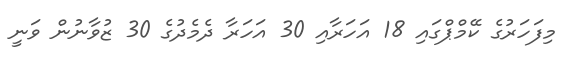
މިފަހަރުގެ ކޭމްޕްގައި 18 އަހަރާއި 30 އަހަރާ ދެމެދުގެ 30 ޒުވާނުން ވަނީ